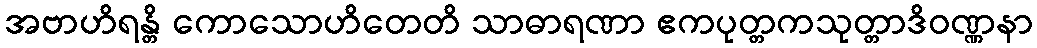
အဗာဟိရန္တိ ကောသောဟိတေတိ သာဓာရဏာ ဧကပုတ္တကသုတ္တာဒိဝဏ္ဏနာ